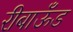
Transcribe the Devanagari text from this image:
रीबाऊँड